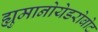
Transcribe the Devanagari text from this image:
ह्युमानोयेडरोबोट